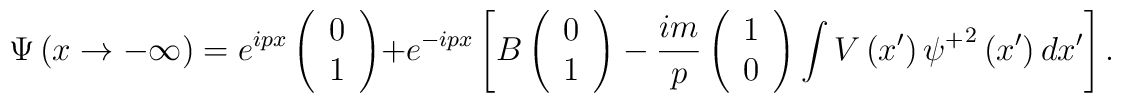
\Psi \left( x\rightarrow -\infty \right) =e^{ipx}\left(\begin{array}{c}0 \\1\end{array}\right) +e^{-ipx}\left[ B\left(\begin{array}{c}0 \\1\end{array}\right) -\frac{im}p\left(\begin{array}{c}1 \\0\end{array}\right) \int V\left( x^{\prime }\right) {\psi ^{+}}^2\left( x^{\prime}\right) dx^{\prime }\right] .